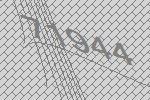
71944